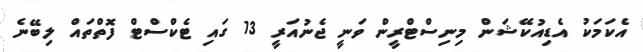
އެކަމަކު އެޑިއުކޭޝަން މިނިސްޓްރީން ވަނީ ޖެނުއަރީ 13 ގައި ޓެކްސްޓް ފޮތްތައް ލިބޭނެ